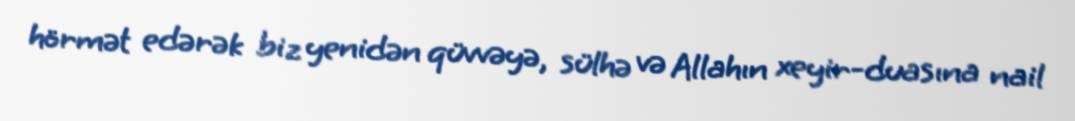
hörmət edərək biz yenidən qüvvəyə, sülhə və Allahın xeyir-duasına nail